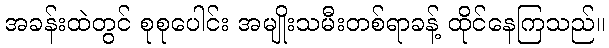
အခန်းထဲတွင် စုစုပေါင်း အမျိုးသမီးတစ်ရာခန့် ထိုင်နေကြသည်။